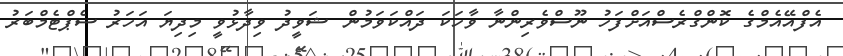
އެފްއޭއެމްގެ ކޮންގްރެސްއަށްފަހު ނޫސްވެރިންނާ ވާހަކަ ދައްކަވަމުން ޝަވީދު ވިދާޅުވީ މިދިޔަ އަހަރު ސެޕްޓެމްބަރު